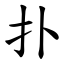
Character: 扑